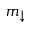
m _ { \downarrow }